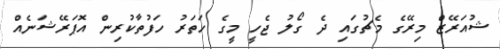
ޝުއަރޭޒް މިރޭގެ މެޗުގައި ދެ ގޯލު ޖެހީ މީގެ ހަތަރު ހަފުތާކުރިން އޮޕަރޭޝަނެއް